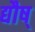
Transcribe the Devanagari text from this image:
द्यौष्